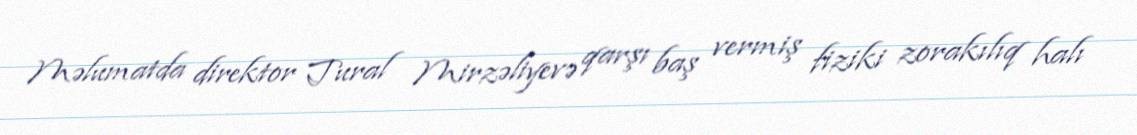
Məlumatda direktor Tural Mirzəliyevə qarşı baş vermiş fiziki zorakılıq halı